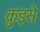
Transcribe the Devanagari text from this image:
क्रुइसे